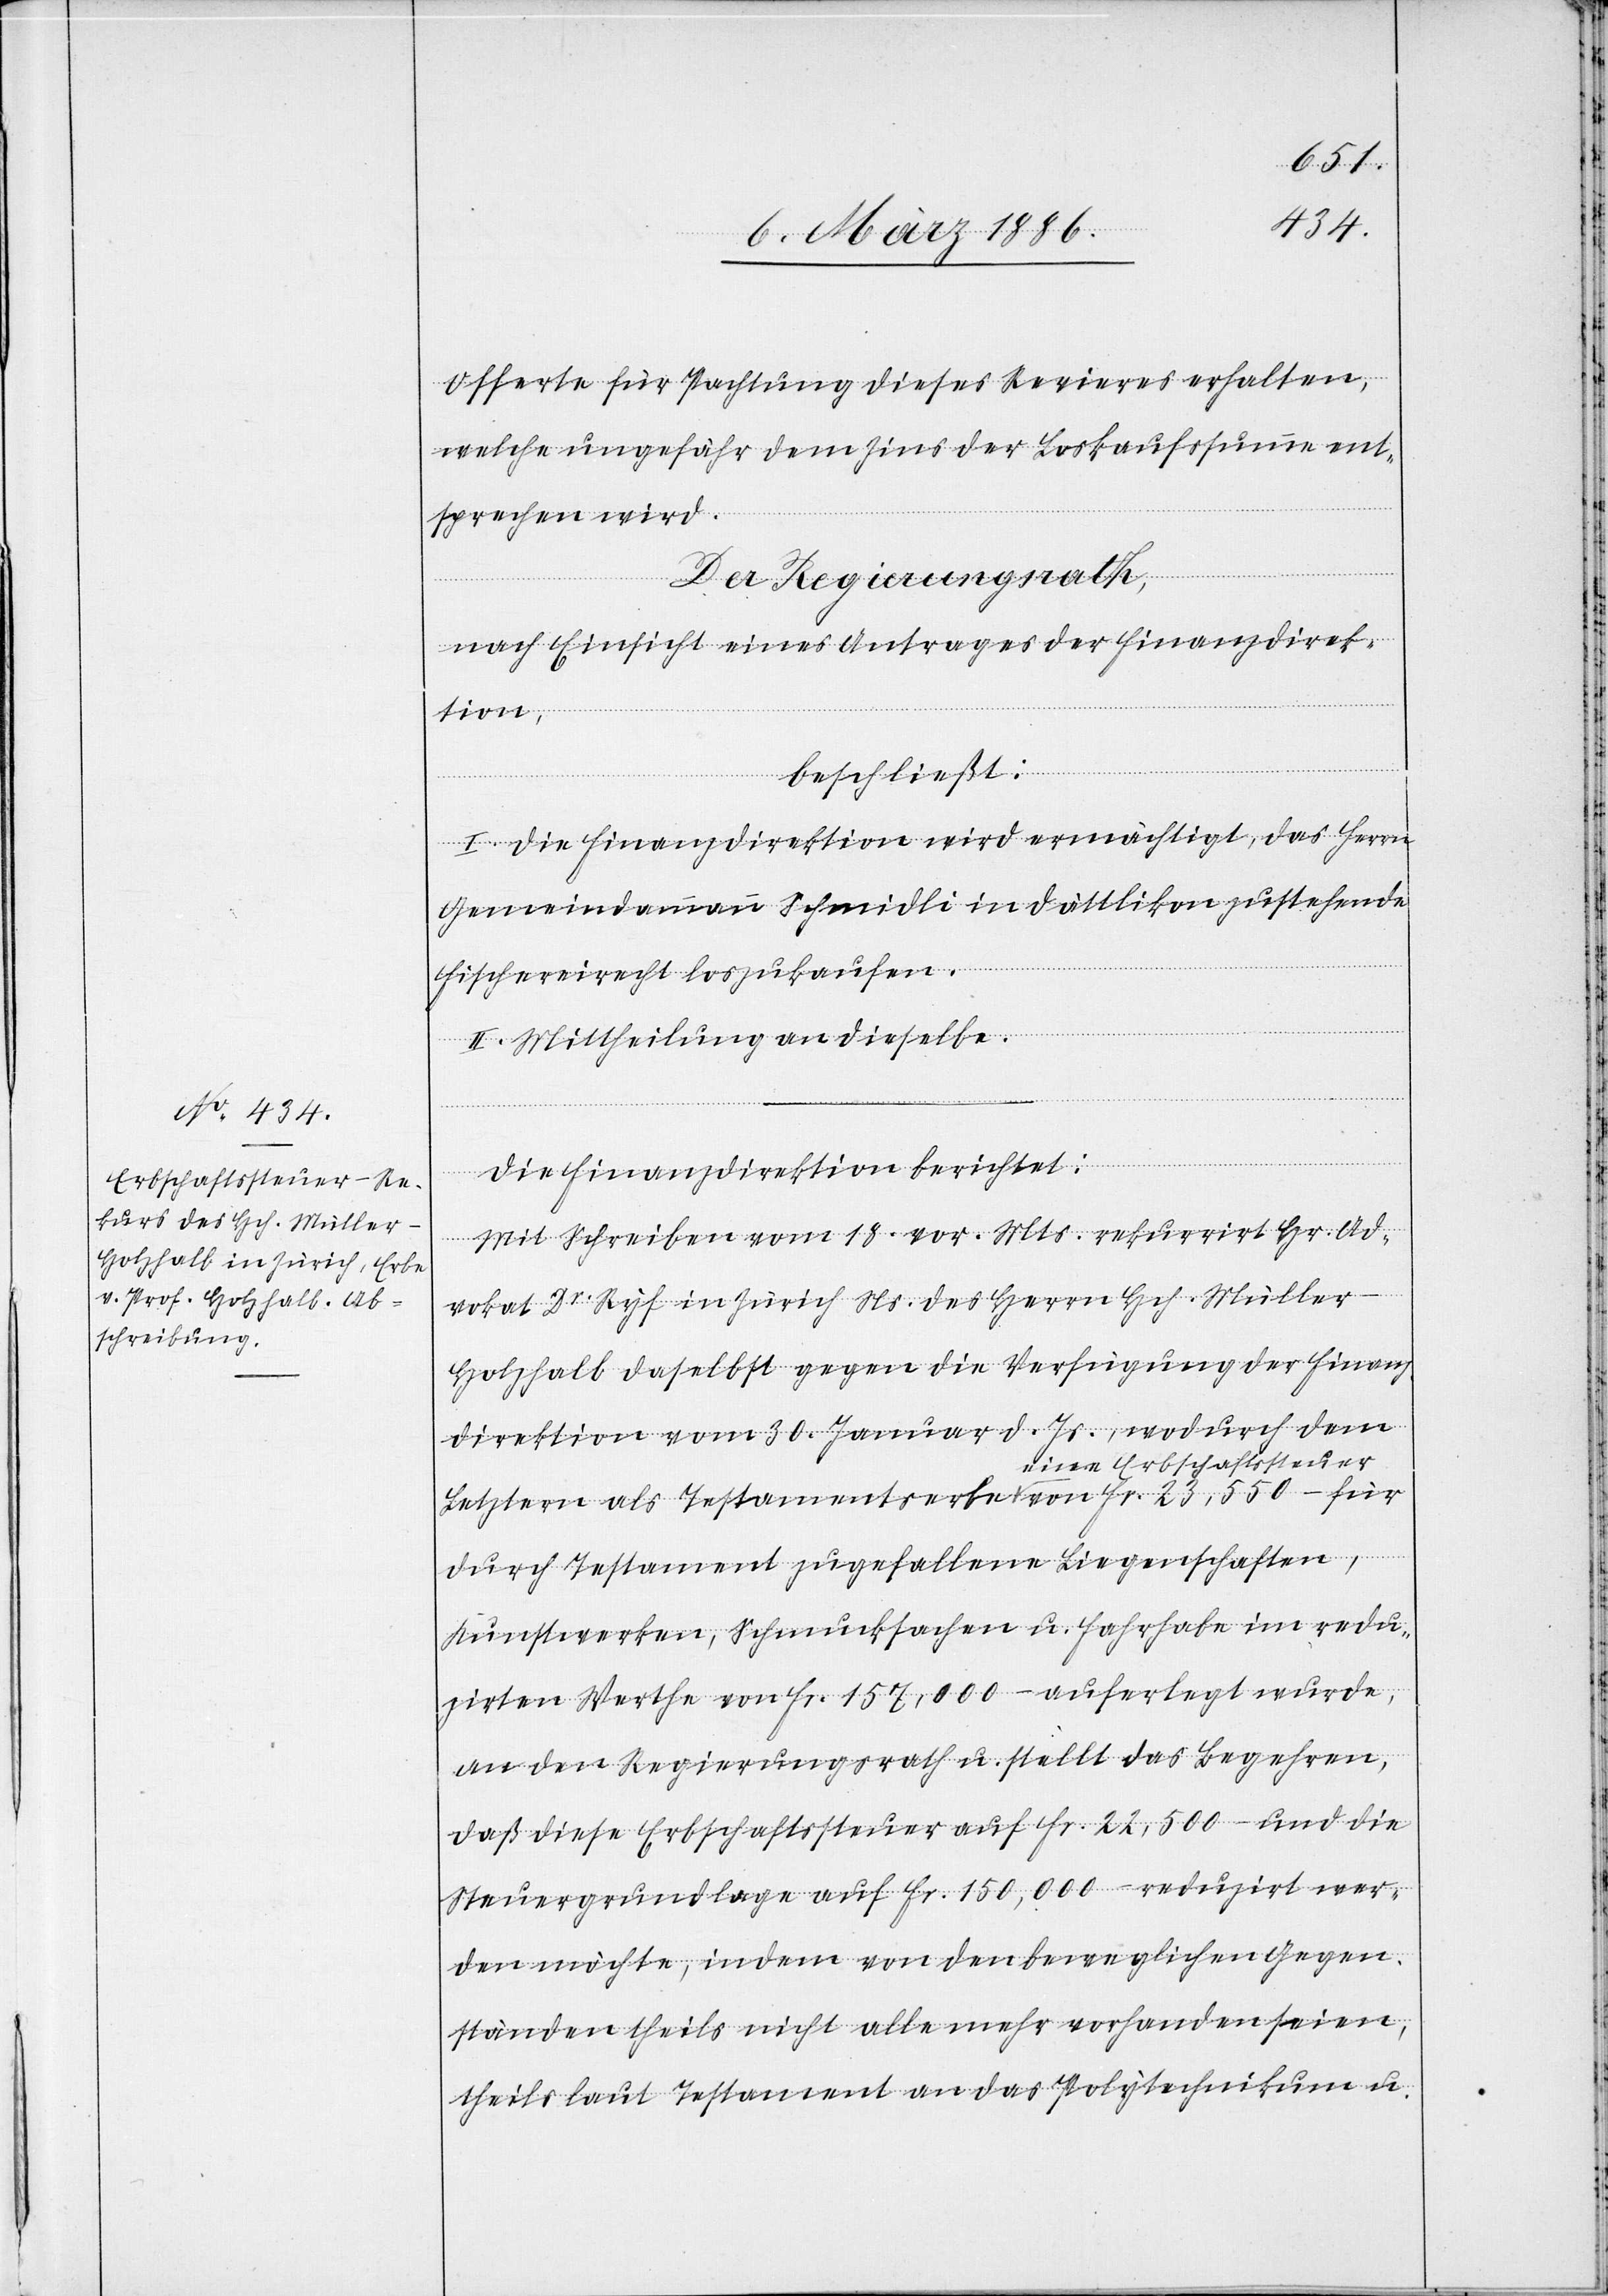
Offerte für Pachtung dieses Revieres erhalten,
welche ungefähr dem Zins der Loskaufssumme ent¬
sprechen wird.
Der Regierungsrath,
nach Einsicht eines Antrages der Finanzdirek¬
tion,
beschließt:
I. Die Finanzdirektion wird ermächtigt, das Herrn
Gemeindeammann Schmidli in Dättlikon zustehende
tssteuer von Fr.
Fischereirecht loszukaufen.
II. Mittheilung an dieselbe.
Die Finanzdirektion berichtet:
Mit Schreiben vom 18. vor. Mts. rekurrirt Hr. Ad¬
vokat Dr. Ryf in Zürich Ns. der Herrn Hch. Müller-H¬
olzhalb daselbst gegen die Verfügung der Finan¬
zdirektion vom 30. Januar d. Js., wodurch dem
Letztern als Testamentserbe eine Erbschaf¬
durch Testament zugefallene Liegenschaften,
Kunstwerke, Schmucksachen u. Fahrhabe im redu¬
zirten Werthe von Fr. 157,000.– auferlegt wurde,
an den Regierungsrath u. stellt das Begehren,
daß diese Erbschaftssteuer auf Fr. 22,500.– und die
Steuergrundlage auf Fr. 150,000.– reduzirt wer¬
den möchte, indem von den beweglichen Gegen¬
ständen theils nicht alle mehr vorhanden seien,
theils laut Testament an das Polytechnikum u.